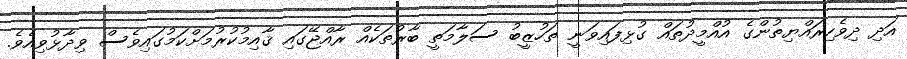
އަދި ދިވެހިރައްޔިތުންގެ އުއްމީދުތައް ގުޅިފައިވަނީ ތަހުޒީބު ސަލާމަތީ ބާރުތަކެއް ރާއްޖޭގައި ޤާއިމުކުރުމަށްކަމުގައިވެސް ވިދާޅުވިއެވެ.